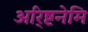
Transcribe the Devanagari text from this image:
अरि्ष्टनेमि